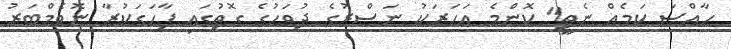
ހާއްސަ ކަމެއް ނެތީ" ކޮންމެ އަހަރަކު ނަސްރުގެ ދުވަހުގެ ގޮތުގައި ފާހަގަކުރާ ނޮވެމްބަރު